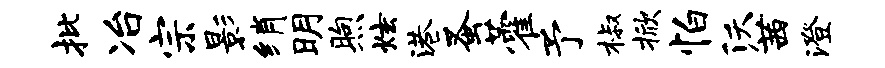
批冶宗影绡明煦炫港蚤藿予椒掀怕沃茜澄